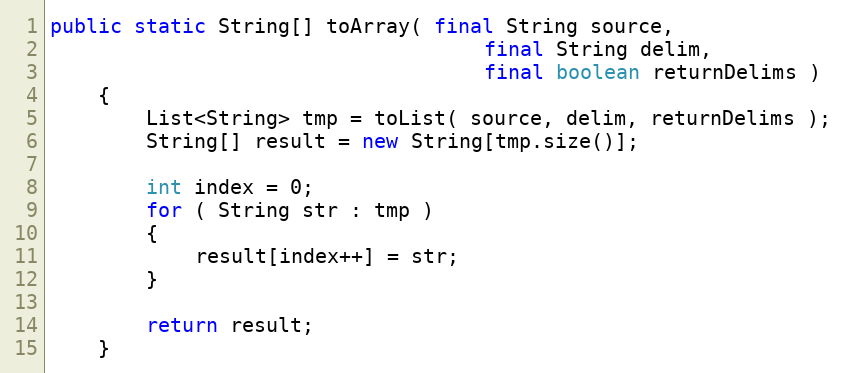
Language: Java
public static String[] toArray( final String source,
                                    final String delim,
                                    final boolean returnDelims )
    {
        List<String> tmp = toList( source, delim, returnDelims );
        String[] result = new String[tmp.size()];

        int index = 0;
        for ( String str : tmp )
        {
            result[index++] = str;
        }

        return result;
    }